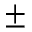
\pm